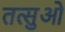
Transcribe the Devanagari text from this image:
तत्सुओ